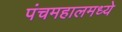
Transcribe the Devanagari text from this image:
पंचमहालमध्ये